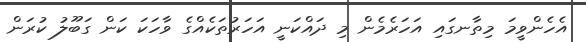
އެހެންވީމަ މިތާނގައި އަހަރެމެން މި ދައްކަނީ އަހަަރުތަކެއްގެ ވާހަކަ ކަން ގަބޫލު ކުރަން